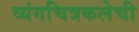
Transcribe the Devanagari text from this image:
व्यंगचित्रकलेची